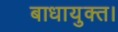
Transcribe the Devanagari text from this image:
बाधायुक्त।